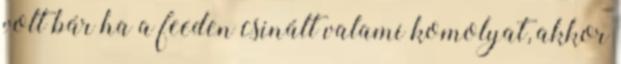
volt bár ha a feeden csinált valami komolyat, akkor